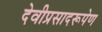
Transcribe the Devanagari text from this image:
देवीप्रसादरूपेण